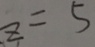
z = 5